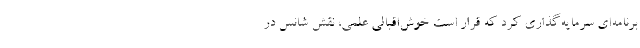
برنامه‌ای سرمایه‌گذاری کرد که قرار است خوش‌اقبالی علمی، نقش شانس در